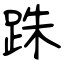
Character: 跦